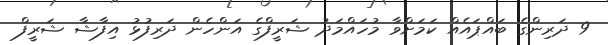
9 ދަރިންގެ ބައްޕައެއް ކަމަށްވާ މުހައްމަދު ޝަރީފްގެ އަންހެން ދަރިފުޅު އިފާޝާ ޝަރީފް